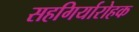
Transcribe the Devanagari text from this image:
सहगिर्यारोहक